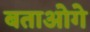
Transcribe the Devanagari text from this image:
बताओगे